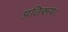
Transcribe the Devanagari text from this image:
प्रतिरूप।